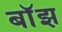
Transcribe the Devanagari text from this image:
बाॅझ